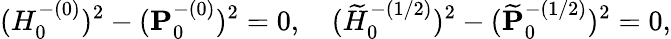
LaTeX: (H_{0}^{-(0)})^{2}-({\mathbf P}_{0}^{-(0)})^{2}=0,\quad(\widetilde{H}_{0}^{-(1/2)})^{2}-(\widetilde{\mathbf P}_{0}^{-(1/2)})^{2}=0,